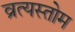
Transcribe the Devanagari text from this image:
व्रत्यस्तोम